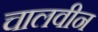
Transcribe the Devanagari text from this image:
चालवीन